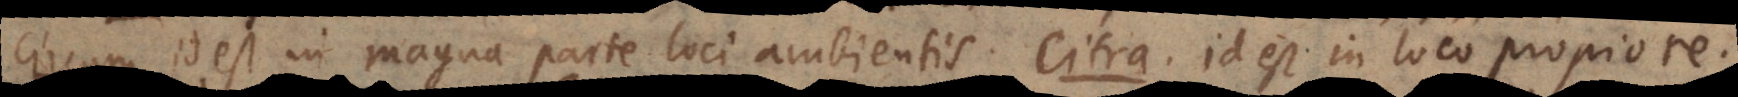
Circum, id est in magna parte loci ambientis. Citra, id est in loco propiore,